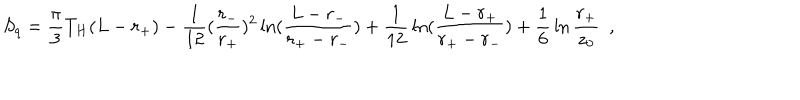
S _ { q } = { \frac { \pi } { 3 } } T _ { H } ( L - r _ { + } ) - { \frac { 1 } { 1 2 } } ( { \frac { r _ { - } } { r _ { + } } } ) ^ { 2 } \ln ( { \frac { L - r _ { - } } { r _ { + } - r _ { - } } } ) + { \frac { 1 } { 1 2 } } \ln ( { \frac { L - r _ { + } } { r _ { + } - r _ { - } } } ) + { \frac { 1 } { 6 } } \ln { \frac { r _ { + } } { z _ { 0 } } } ~ ~ ,